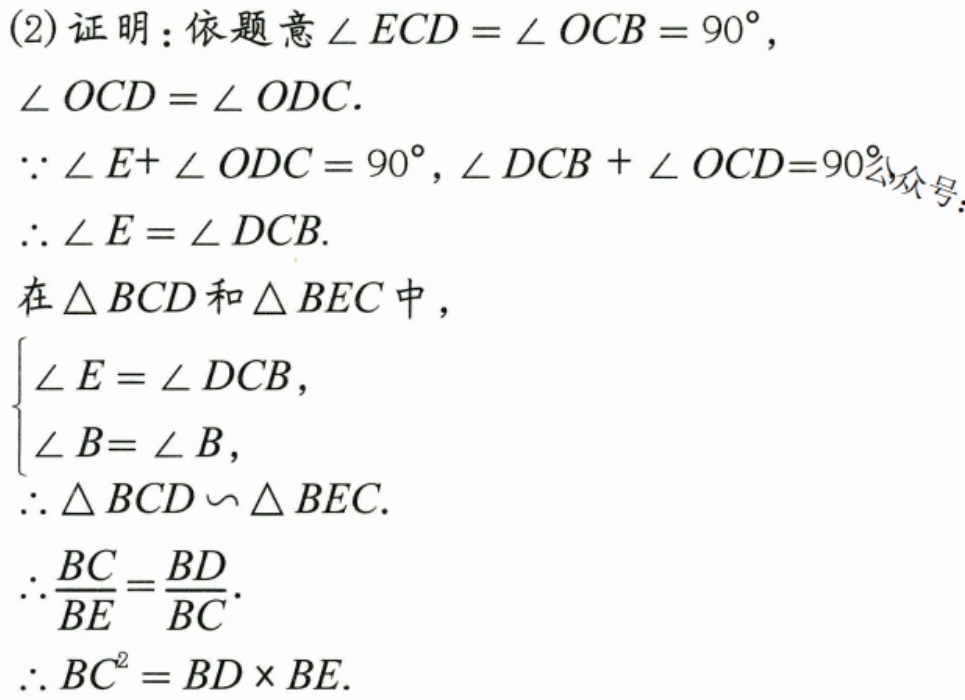
(2) 证明：依题意\(\angle ECD=\angle OCB = 90^{\circ}\)，
\(\angle OCD=\angle ODC\).
\(\because\angle E+\angle ODC = 90^{\circ}\)，\(\angle DCB+\angle OCD = 90^{\circ}\)，
\(\therefore\angle E=\angle DCB\).
在\(\triangle BCD\)和\(\triangle BEC\)中，
\(\begin{cases}\angle E=\angle DCB,\\\angle B = \angle B,\end{cases}\)
\(\therefore\triangle BCD\backsim\triangle BEC\).
\(\therefore\frac{BC}{BE}=\frac{BD}{BC}\).
\(\therefore BC^{2}=BD\times BE\).